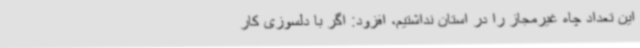
این تعداد چاه غیرمجاز را در استان نداشتیم، افزود: اگر با دلسوزی کار